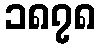
၁၈၇၈